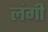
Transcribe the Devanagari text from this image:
लंगी